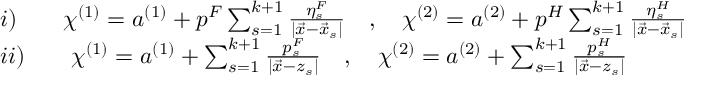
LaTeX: \begin{array} { l } { { i ) \qquad \chi ^ { ( 1 ) } = a ^ { ( 1 ) } + p ^ { F } \sum _ { s = 1 } ^ { k + 1 } \frac { \eta _ { s } ^ { F } } { | \vec { x } - \vec { x } _ { s } | } \quad , \quad \chi ^ { ( 2 ) } = a ^ { ( 2 ) } + p ^ { H } \sum _ { s = 1 } ^ { k + 1 } \frac { \eta _ { s } ^ { H } } { | \vec { x } - \vec { x } _ { s } | } } } \\ { { i i ) \qquad \chi ^ { ( 1 ) } = a ^ { ( 1 ) } + \sum _ { s = 1 } ^ { k + 1 } \frac { p _ { s } ^ { F } } { | \vec { x } - z _ { s } | } \quad , \quad \chi ^ { ( 2 ) } = a ^ { ( 2 ) } + \sum _ { s = 1 } ^ { k + 1 } \frac { p _ { s } ^ { H } } { | \vec { x } - z _ { s } | } } } \end{array}